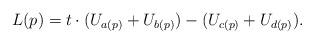
LaTeX: \begin{align*} L(p) = t \cdot (U_{a(p)} + U_{b(p)}) - (U_{c(p)} + U_{d(p)}). \end{align*}